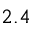
2 . 4